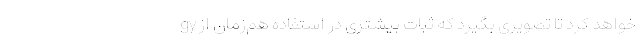
خواهد کرد تا تصویری بگیرد که ثبات بیشتری در استفاده هم‌زمان از gy